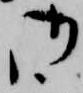
御